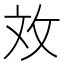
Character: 𫾨